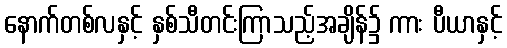
နောက်တစ်လနှင့် နှစ်သီတင်းကြာသည့်အချိန်၌ ကား ပီယာနှင့်